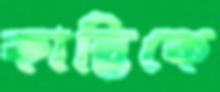
কান্তিকে